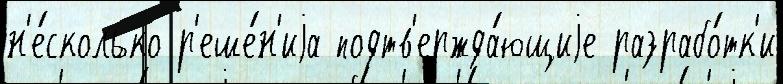
н'е́сколько р'еше́н'иjа подтв'ержда́ющиjе разрабо́тк'и